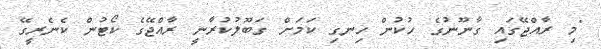
"މި ރާއްޖޭގައި ގާނޫނުގެ ހުކުން ހިނގި ކަމަށް ގަބޫލުކުރާނީ ރާއްޖޭގެ ކޯޓުން ކެނެރީގޭ